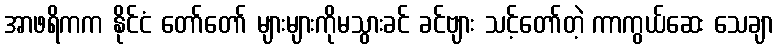
အာဖရိကက နိုင်ငံ တော်တော် များများကိုမသွားခင် ခင်ဗျား သင့်တော်တဲ့ ကာကွယ်ဆေး သေချာ